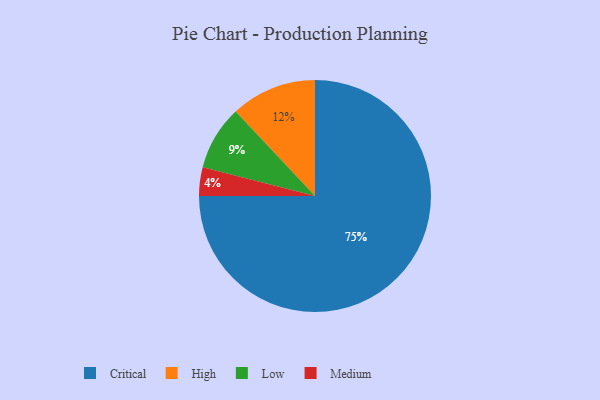
{"axis": {"x": "Category", "y": "Percentage"}, "legend": ["Critical", "High", "Low", "Medium"], "data": [{"x": "Critical", "y": 75, "type": "Critical"}, {"x": "Low", "y": 9, "type": "Low"}, {"x": "Medium", "y": 4, "type": "Medium"}, {"x": "High", "y": 12, "type": "High"}]}